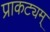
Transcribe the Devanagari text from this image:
प्राकट्यम्